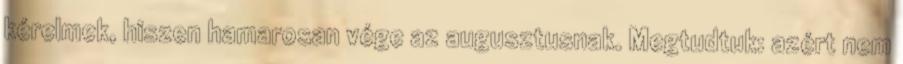
kérelmek, hiszen hamarosan vége az augusztusnak. Megtudtuk: azért nem